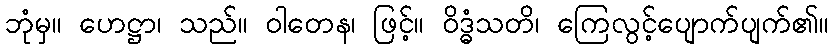
ဘုံမှ။ ဟေဋ္ဌာ၊ သည်။ ဝါတေန၊ ဖြင့်။ ဝိဒ္ဓံသတိ၊ ကြေလွင့်ပျောက်ပျက်၏။